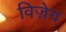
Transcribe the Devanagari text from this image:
विज्नेय